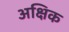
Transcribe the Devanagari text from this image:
अक्षिक